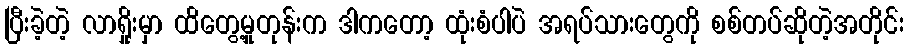
ပြီးခဲ့တဲ့ လာရှိုးမှာ ထိတွေ့မှုတုန်းက ဒါကတော့ ထုံးစံပါပဲ အရပ်သားတွေကို စစ်တပ်ဆိုတဲ့အတိုင်း